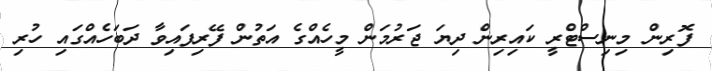
ފޮރިން މިނިސްޓްރީ ކައިރިން ދިޔަ ޖަރުމަން މީހެއްގެ އަތުން ފޭރިފައިވާ ދަބަހެއްގައި ހުރި